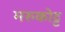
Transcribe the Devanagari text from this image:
मरुकोट्ट